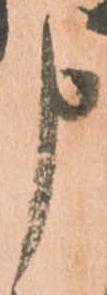
申